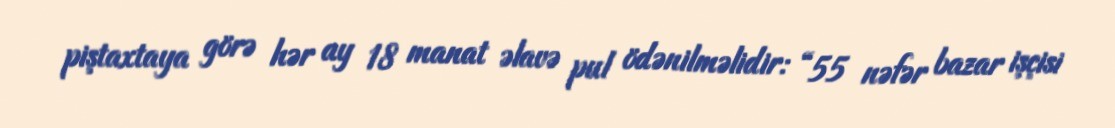
piştaxtaya görə hər ay 18 manat əlavə pul ödənilməlidir: “55 nəfər bazar işçisi